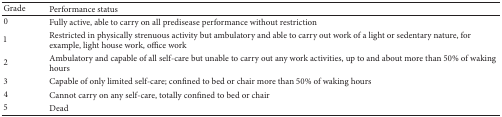
<table><thead><tr><td><b>Grade</b></td><td><b>Performance status</b></td></tr></thead><tbody><tr><td>0</td><td>Fully active, able to carry on all predisease performance without restriction</td></tr><tr><td>1</td><td>Restricted in physically strenuous activity but ambulatory and able to carry out work of a light or sedentary nature, for example, light house work, office work</td></tr><tr><td>2</td><td>Ambulatory and capable of all self-care but unable to carry out any work activities, up to and about more than 50% of waking hours</td></tr><tr><td>3</td><td>Capable of only limited self-care; confined to bed or chair more than 50% of waking hours</td></tr><tr><td>4</td><td>Cannot carry on any self-care, totally confined to bed or chair</td></tr><tr><td>5</td><td>Dead</td></tr></tbody></table>